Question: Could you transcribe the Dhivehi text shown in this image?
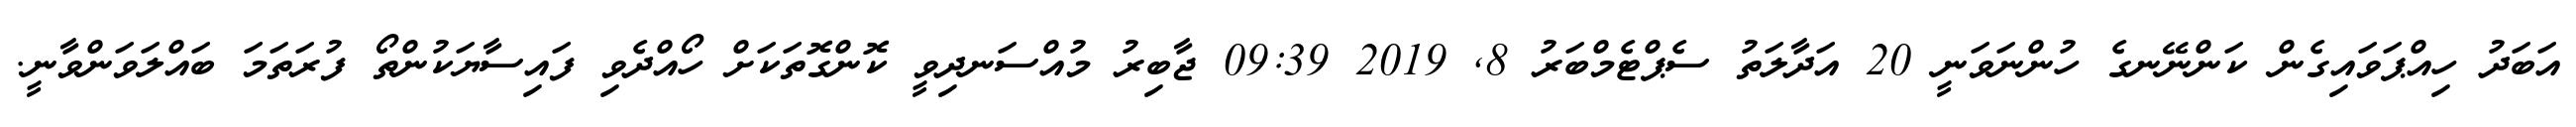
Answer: އަބަދު ހިއްޕަވައިގެން ކަންނޭނގެ ހުންނަވަނީ 20 އަދާލަތު ސެޕްޓެމްބަރު 8, 2019 09:39 ޖާބިރު މުއްސަނދިވީ ކޮންގޮތަކަށް ހޯއްދެވި ފައިސާޔަކުންތޯ ފުރަތަމަ ބައްލަވަންވާނީ.